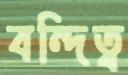
বন্দিত্ব